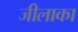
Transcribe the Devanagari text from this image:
जीलाका